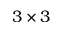
3 \times 3